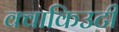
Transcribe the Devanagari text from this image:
क्वाकिउटी